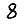
Digit: 8